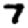
Digit: 7